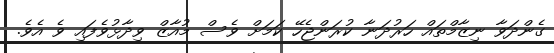
ގެންދަވާ ނިޒާމްތައް ހަރުދަނާ ކުރަންޖެހޭ ކަމަށް ވެސް މުއާޒް ވިދާޅުވެފައި ވެ އެވެ.